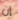
إن